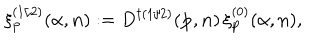
LaTeX: \xi _ { \bf p } ^ { ( 1 / 2 ) } ( \alpha , { \bf n } ) : = D ^ { \dagger ( 1 / 2 ) } ( { \bf p } , { \bf n } ) \, \xi _ { \bf p } ^ { ( 0 ) } ( \alpha , { \bf n } ) ,